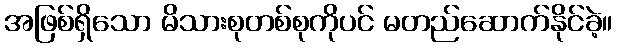
အဖြစ်ရှိသော မိသားစုတစ်စုကိုပင် မတည်ဆောက်နိုင်ခဲ့။